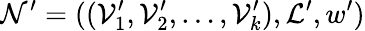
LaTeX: \mathcal{N}^{\prime}=((\mathcal{V}_{1}^{\prime},\mathcal{V}_{2}^{\prime},\ldots,\mathcal{V}_{k}^{\prime}),\mathcal{L}^{\prime},w^{\prime})